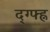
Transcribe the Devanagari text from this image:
द्ग्फ्ह्न